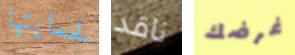
لحمايتها ناقد غرضك